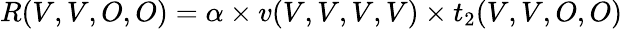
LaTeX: R(V,V,O,O)=\alpha\times v(V,V,V,V)\times t_{2}(V,V,O,O)